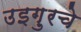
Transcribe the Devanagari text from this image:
उइग़ुरचे